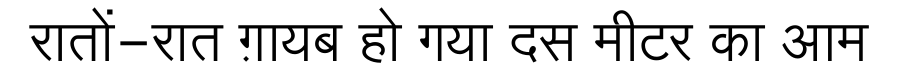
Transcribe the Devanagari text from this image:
रातों-रात ग़ायब हो गया दस मीटर का आम